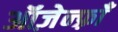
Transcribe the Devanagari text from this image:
ऑज़ेन्फ़्राँ